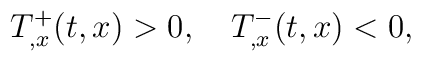
T^+ _{,x}(t,x)>0,\quad T^-_{,x}(t,x)<0,